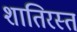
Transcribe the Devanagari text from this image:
शातिरस्त